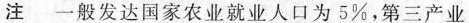
注 一般发达国家农业就业人口为5%，第三产业